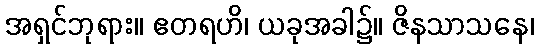
အရှင်ဘုရား။ ဧတရဟိ၊ ယခုအခါ၌။ ဇိနသာသနေ၊